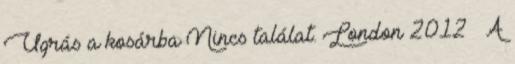
Ugrás a kosárba Nincs találat. London 2012 – A